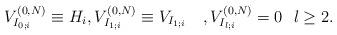
LaTeX: \begin{align*}V_{I_{0;i}}^{(0,N)}\equiv H_i,V_{I_{1;i}}^{(0,N)}\equiv V_{I_{1;i}}\quad,V_{I_{l;i}}^{(0,N)} =0\,\,\,\, l\geq 2.\end{align*}